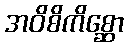
အဝိစိကိစ္ဆော